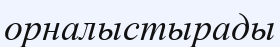
орналыстырады